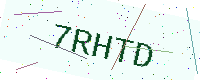
Text: 7RHTD